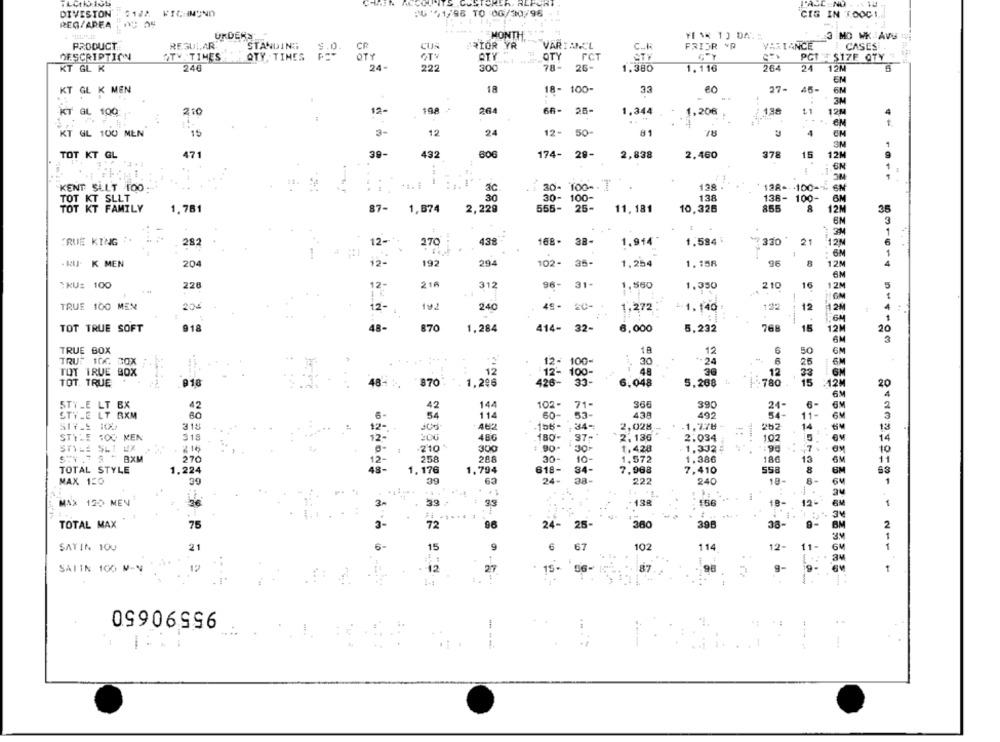
L'ACC NO
DIVISTON'
21#8 RICHMOND
:41/98 TO :0G/30/96
CIS IN TOOCI ..
REG/AREA
URDERS
MONTH
3 MO WK AVU
REGULAR
STANDING
CUN
RIOR YR
VARIANCL
FRIJR YP
VERTANCE
CASES
PRODUCT
$.0.
CR
C ....
DESCRIPTION
STY TIMES
QTY, TIMES
QTY
OTV
ATY
OTY
FCT
ATV
PCT $17E OTY
240
222
300
78-
26-
1.380
264
24
12%
KT GL K
24-
1.116
EN
KT GL K MEN
18
18- 100-
27-
45-
6M
3M
KT GL 100
210
12-
198
264
66-
26-
1.344
1.206
138
$1
12M
..
KT GL 100 MEN
15
3-
12
24
12-
50
81
78
4
EM
3M
TOT KT GL
471
39-
432
174- 28-
2,838
2.460
378
15
12M
6N
---
30- 100 --
128
KENT SULT TOO
128 -- - 100-% 6M
TOT KT SLLT
30- 100-
138
138- 100-
6M
87-
2,229
555-
25-
10,326
855
8
12M
35
TOT KT FAMILY
1,781
1,674
11, 181
3
1
TRUE KING ".
282
12-
270
438
168. 38-
1.914
1.584\
330
21
12
6
6M
1
. KUJ. K MEN
204
12-
192
294
102- 35-
1,254
1.158
96
8
12M
4
6M
TRU: 100
226
216
312
96- 31-
1,560
1.350
210
16
12M
5
204
TRUE 100 MEN
12-
192
240
49- 20-
1,272
1.140 :
122
12
48-
768
12M
TOT TRUE SOFT
918
870
1,284
414- 32-
6,000
5,232
15
20
6M
TRUE BOX
18
6
12
50
GM
TRUF 100 BOX
12- 100-
30
-24
25
6M
TOT TRUE BOX
12
4.8
36
12
6M
12'- 100-
33
TOT. TRUE
918
48
870
1.296
426-
33 -
6.048
5,268
-780
15
12M
20
6M
STYLE LT BX
42
42
144
102-
71-
390
24
2
STYLE LT BXM
54
114
60-
53-
439
492
11-
3
34-
2,028
1,778 -
202
13
STTHE TOC MEN
$18
200
480
180-
37-
2.130
3:034
14
210
2 16
300
: 90-
30
1.428
1,332
10
S"Y " S " BXM
270
258
286
30-
10-
1.572
1.386
180
13
11
TOTAL STYLE
1.224
176
1,794
618-
34-
7,968
7.410
558
8
6M
63
MAX 120
39
6
24-
38-
222
240
18-
8-
64
1
MAX 120 MEN
33
35
- 138
18
12-
TOTAL MAX
75
72
96
24- 25-
360
398
38-
BM
2
1
SATIN 100
21
15
67
102
14
11-
6M
1
SATIN 100 M-N
12
12
2
15- 06-
15 -
OG-
95590650
---